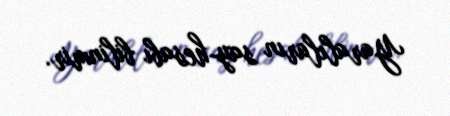
Yaralıların say-hesabı bilinmir.